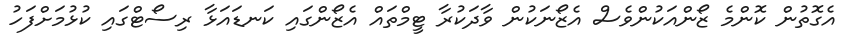
އެގޮތުން ކޮންމެ ޒޯންއަކުންވެސް އެޒޯނަކުން ވާދަކުރާ ޓީމްތައް އެޒޯންގައި ކަނޑައަޅާ ރިސޯޓްގައި ކުޅުމަށްފަހު